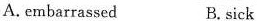
A. embarrassed B, sick